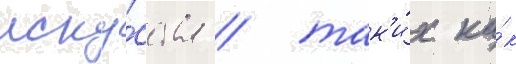
иску́сства / так'и́х ка́к